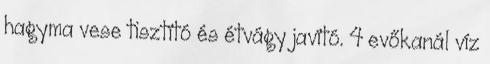
hagyma vese tisztító és étvágy javító. 4 evőkanál víz